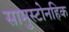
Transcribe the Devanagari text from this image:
सामुस्टोनहिक